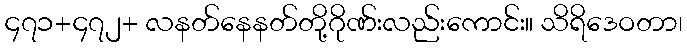
၄၇၁+၄၇၂+ လနတ်နေနတ်တို့ဂိုဏ်းလည်းကောင်း။ သိရိဒေဝတာ၊